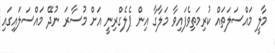
މާލީ މައްސަލަތައް ކުރިމަތިވެފައިވާ މަލާގާ އިން ޕެލެގްރިނީ އަށް މުސާރަ ނުދޭ މައްސަލައިގައި